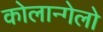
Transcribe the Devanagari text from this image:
कोलान्गेलो